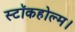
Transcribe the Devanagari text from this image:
स्टॉकहोल्म।